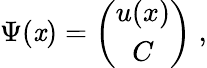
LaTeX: \Psi(\mathit{x})=\left(\begin{array}{c}{{u(x)}}\\ {{C}}\end{array}\right)\; ,